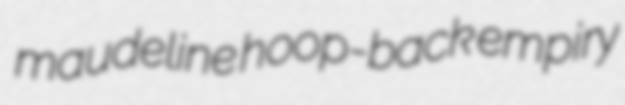
maudeline hoop-back empiry